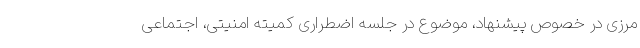
مرزی در خصوص پیشنهاد، موضوع در جلسه اضطراری کمیته امنیتی، اجتماعی